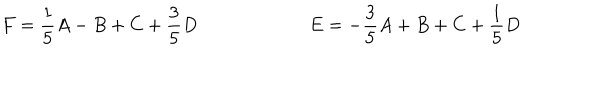
F = \frac { 1 } { 5 } A - B + C + \frac { 3 } { 5 } D \qquad \qquad \qquad E = - \frac { 3 } { 5 } A + B + C + \frac { 1 } { 5 } D